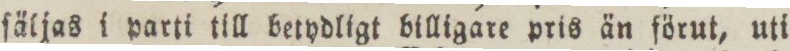
ſäljas i parti till betydligt billigare pris än förut, uti